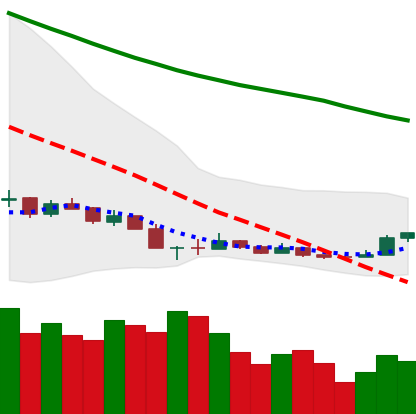
Ticker: NEO-USD
Chart end date: 2018-12-18
Forward return: 12.948%
Label: up_7plus